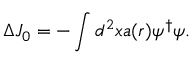
\Delta J _ { 0 } = - \int d ^ { 2 } x a ( r ) \psi ^ { \dagger } \psi .